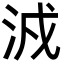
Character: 㳚